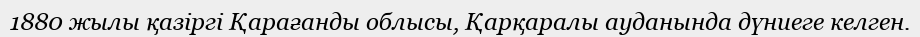
1880 жылы қазіргі Қарағанды облысы, Қарқаралы ауданында дүниеге келген.